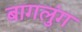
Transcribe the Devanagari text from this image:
बागलुंग